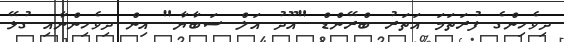
ދިވެހިންގެ ފުރަތަމަ އަތަރު ބްރޭންޑް "އޫދު އަލް ސަބާޔާ" އިން ދިވެހިންނާއި ގުޅޭ